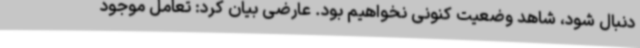
دنبال شود، شاهد وضعیت کنونی نخواهیم بود. عارضی بیان کرد: تعامل موجود